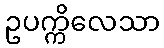
ဥပက္ကိလေသာ